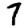
Digit: 7